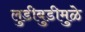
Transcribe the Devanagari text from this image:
लुडीबुडीमुळे